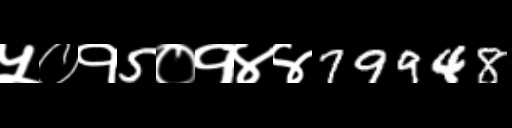
Text: ५०१5०१४४79948